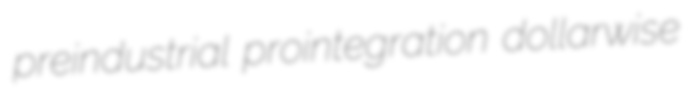
preindustrial prointegration dollarwise